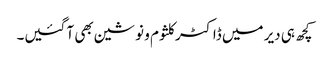
کچھ ہی دیر میں ڈاکٹر کلثوم و نوشین بھی آ گئیں۔